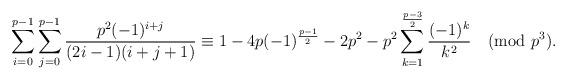
LaTeX: \begin{align*}\sum_{i=0}^{p-1}\sum_{j=0}^{p-1}\frac{p^2(-1)^{i+j}}{(2i-1)(i+j+1)}\equiv 1-4p(-1)^{\frac{p-1}{2}}-2p^2-p^2\sum_{k=1}^{\frac{p-3}{2}}\frac{(-1)^k}{k^2} \pmod{p^3}.\end{align*}